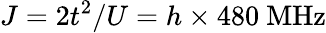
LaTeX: J=2t^{2}/U=h\times 480~\mathrm{MHz}